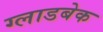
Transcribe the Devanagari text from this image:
ग्लाडबेक